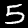
Label: 5